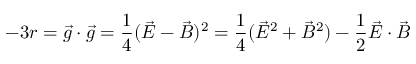
- 3 r = \vec { g } \cdot \vec { g } = \frac { 1 } { 4 } ( \vec { E } - \vec { B } ) ^ { 2 } = \frac { 1 } { 4 } ( \vec { E } ^ { 2 } + \vec { B } ^ { 2 } ) - \frac { 1 } { 2 } \vec { E } \cdot \vec { B }